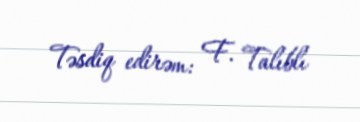
Təsdiq edirəm: F. Talıblı